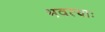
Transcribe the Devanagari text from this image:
भवत्याः